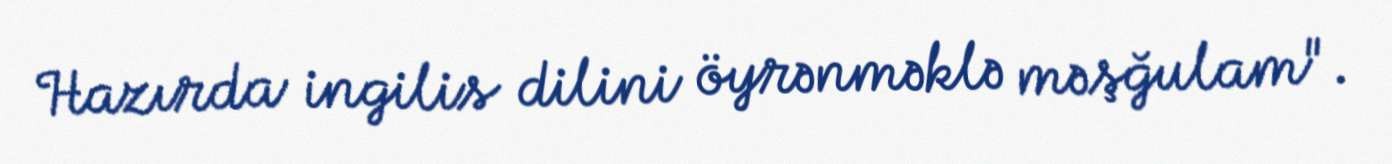
Hazırda ingilis dilini öyrənməklə məşğulam".